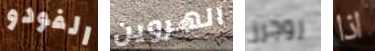
الفودو الهروين روجرز اذا